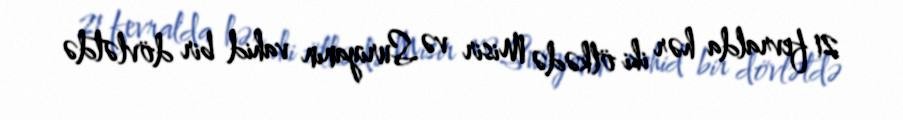
21 fevralda hər iki ölkədə Misir və Suriyanın vahid bir dövlətdə